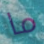
ما